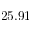
2 5 . 9 1